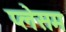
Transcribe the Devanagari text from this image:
प्लेसम